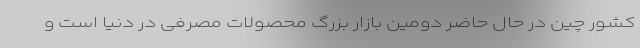
کشور چین در حال حاضر دومین بازار بزرگ محصولات مصرفی در دنیا است و